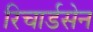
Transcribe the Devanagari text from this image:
रिचार्डसेन